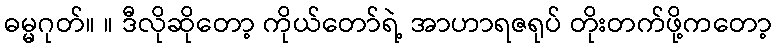
ဓမ္မဂုတ်။ ။ ဒီလိုဆိုတော့ ကိုယ်တော်ရဲ့ အာဟာရဇရုပ် တိုးတက်ဖို့ကတော့